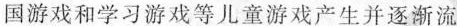
国游戏和学习游戏等儿童游戏产生并逐渐流